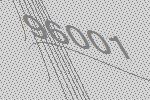
96001